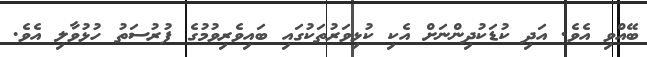
ބޭއްވި އެވެ. އަދި ކުޑަކުދިންނަށް އެކި ކުޅިވަރުތަކުގައި ބައިވެރިވުމުގެ ފުރުސަތު ހުޅުވާލި އެވެ.